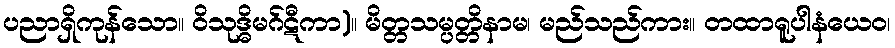
ပညာရှိကုန်သော။ ဝိသုဒ္ဓိမဂ်ဋီကာ)။ မိတ္တသမ္ပတ္တိနာမ၊ မည်သည်ကား။ တထာရူပါနံယေဝ၊